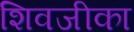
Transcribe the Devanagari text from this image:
शिवजीका